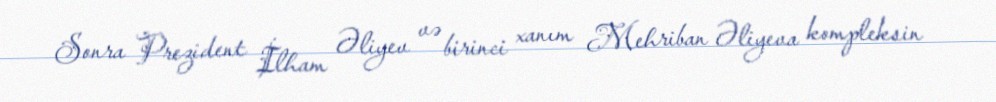
Sonra Prezident İlham Əliyev və birinci xanım Mehriban Əliyeva kompleksin